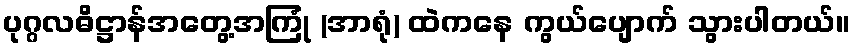
ပုဂ္ဂလဓိဋ္ဌာန်အတွေ့အကြုံ (အာရုံ) ထဲကနေ ကွယ်ပျောက် သွားပါတယ်။